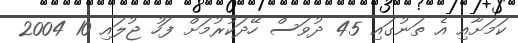
ކަމަށާއި އެ ތަނުގައި 45 ދުވަސް ހޭދަކުރުމަށް ފަހު ޖުލައި 10 2004